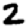
Digit: 2